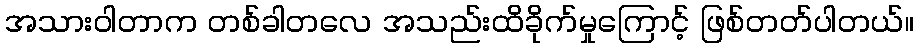
အသားဝါတာက တစ်ခါတလေ အသည်းထိခိုက်မှုကြောင့် ဖြစ်တတ်ပါတယ်။